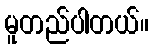
မူတည်ပါတယ်။